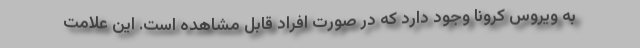
به ویروس کرونا وجود دارد که در صورت افراد قابل مشاهده است. این علامت